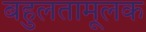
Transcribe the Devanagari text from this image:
बहुलतामूलक